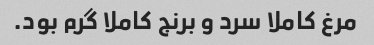
مرغ کاملا سرد و برنج کاملا گرم بود.